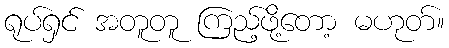
ရုပ်ရှင် အတူတူ ကြည့်ဖို့တော့ မဟုတ်။